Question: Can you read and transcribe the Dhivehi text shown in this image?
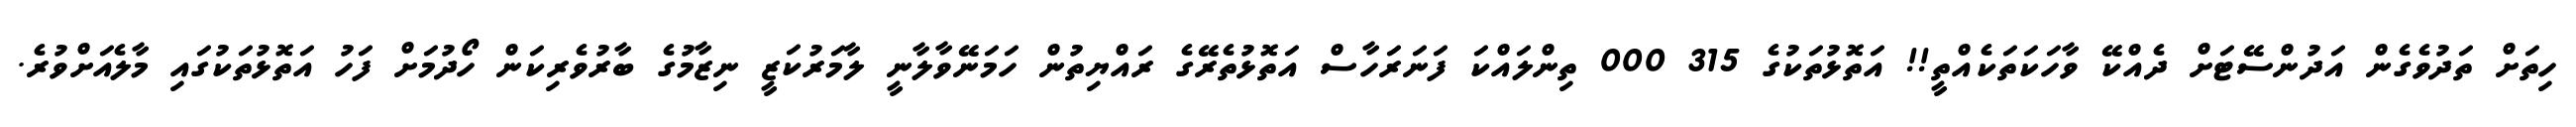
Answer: ހިތަށް ތަދުވެގެން އަދުންސޭޓަށް ދެއްކޭ ވާހަކަތަކެއްތީ!! އަތޮޅުތަކުގެ 315 000 ތިންލައްކަ ފަނަރަހާސް އަތޮޅުތެރޭގެ ރައްޔިތުން ހަމަނޭވާލާނީ ލާމަރުކަޒީ ނިޒާމުގެ ބާރުވެރިކަން ހޯދުމަށް ފަހު އަތޮޅުތަކުގައި މާލެއަށްވުރެ.